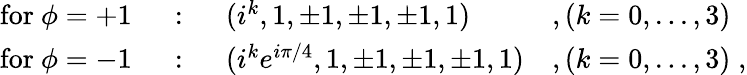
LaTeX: \begin{array}{llll}{{\mathrm{for~}\phi=+1}}&{{~:~}}&{{(i^{k},1,\pm 1,\pm 1,\pm 1,1)}}&{{,(k=0,...,3)}}\\ {{\mathrm{for~}\phi=-1}}&{{~:~}}&{{(i^{k}e^{i\pi/4},1,\pm 1,\pm 1,\pm 1,1)}}&{{,(k=0,...,3)\; ,}}\end{array}